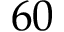
6 0